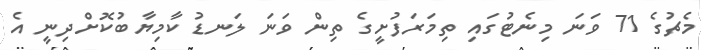
މެޗުގެ 71 ވަނަ މިނެޓުގައި ތިމަރަފުށީގެ ތިން ވަނަ ލަނޑު ކާމިޔާބުކޮށްދިނީ އެ